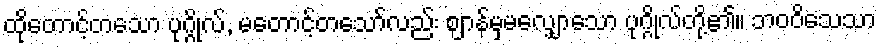
ထိုတောင့်တသော ပုဂ္ဂိုလ်, မတောင့်တသော်လည်း ဈာန်မှမလျှောသော ပုဂ္ဂိုလ်တို့၏။ ဘဝဝိသေသာ